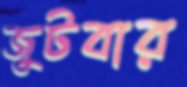
জুটবার